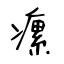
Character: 瘰